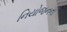
નિયોજનની